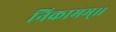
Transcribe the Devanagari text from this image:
निकामम्।।